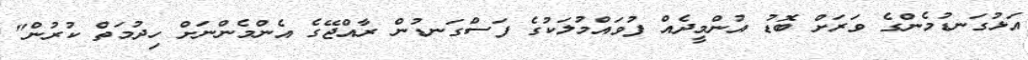
އަޅުގަނޑުމެންގެ ވަރަށް ބޮޑު އުންމީދެއް ފުވައްމުލަކުގެ ފަސްގަނޑުން ރާއްޖޭގެ އެންމެންނަށް ހިދުމަތް ކުރުން"